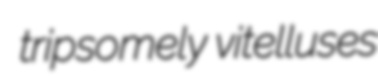
tripsomely vitelluses